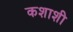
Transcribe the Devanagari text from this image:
कशाशी